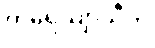
ကရေယျာသီတိ